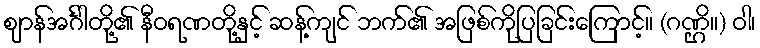
ဈာန်အင်္ဂါတို့၏ နီဝရဏတို့နှင့် ဆန့်ကျင် ဘက်၏ အဖြစ်ကိုပြခြင်းကြောင့်။ (ဂဏ္ဌိ။) ဝါ၊